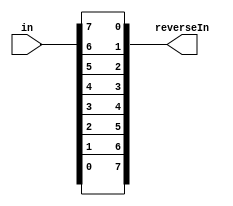
/* ***************************************************************\
| Name of program : Reverser8
| Author : Charles Heckel
| Date Created : 6/04/2018
| Date last updated : 6/04/2018
| Function : mirrors the bits of the input and returns them
| Method : uses a for-loop to iterate through the input value
| Inputs : in			- 8bit value that will be mirrored
| Output : reverseIn	- 8bit return value
| Additional Comments : (Extras)
\*****************************************************************/

module Reverser8(input [7:0] in, output reg [7:0] reverseIn);
  // variables
  integer i;


  // Implementation
  always@(in)
  begin
    for (i = 0; i < 8; i = i + 1)	// starting from the MSB of in ...
    begin 
      reverseIn[i] = in[7-i];			// ... assign that number to the LSB of out
    end // for
  end // always

endmodule